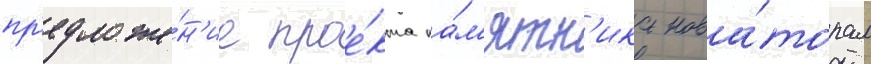
пр'едложе́н'ие прое́кта па́м'ятн'ика нова́торам